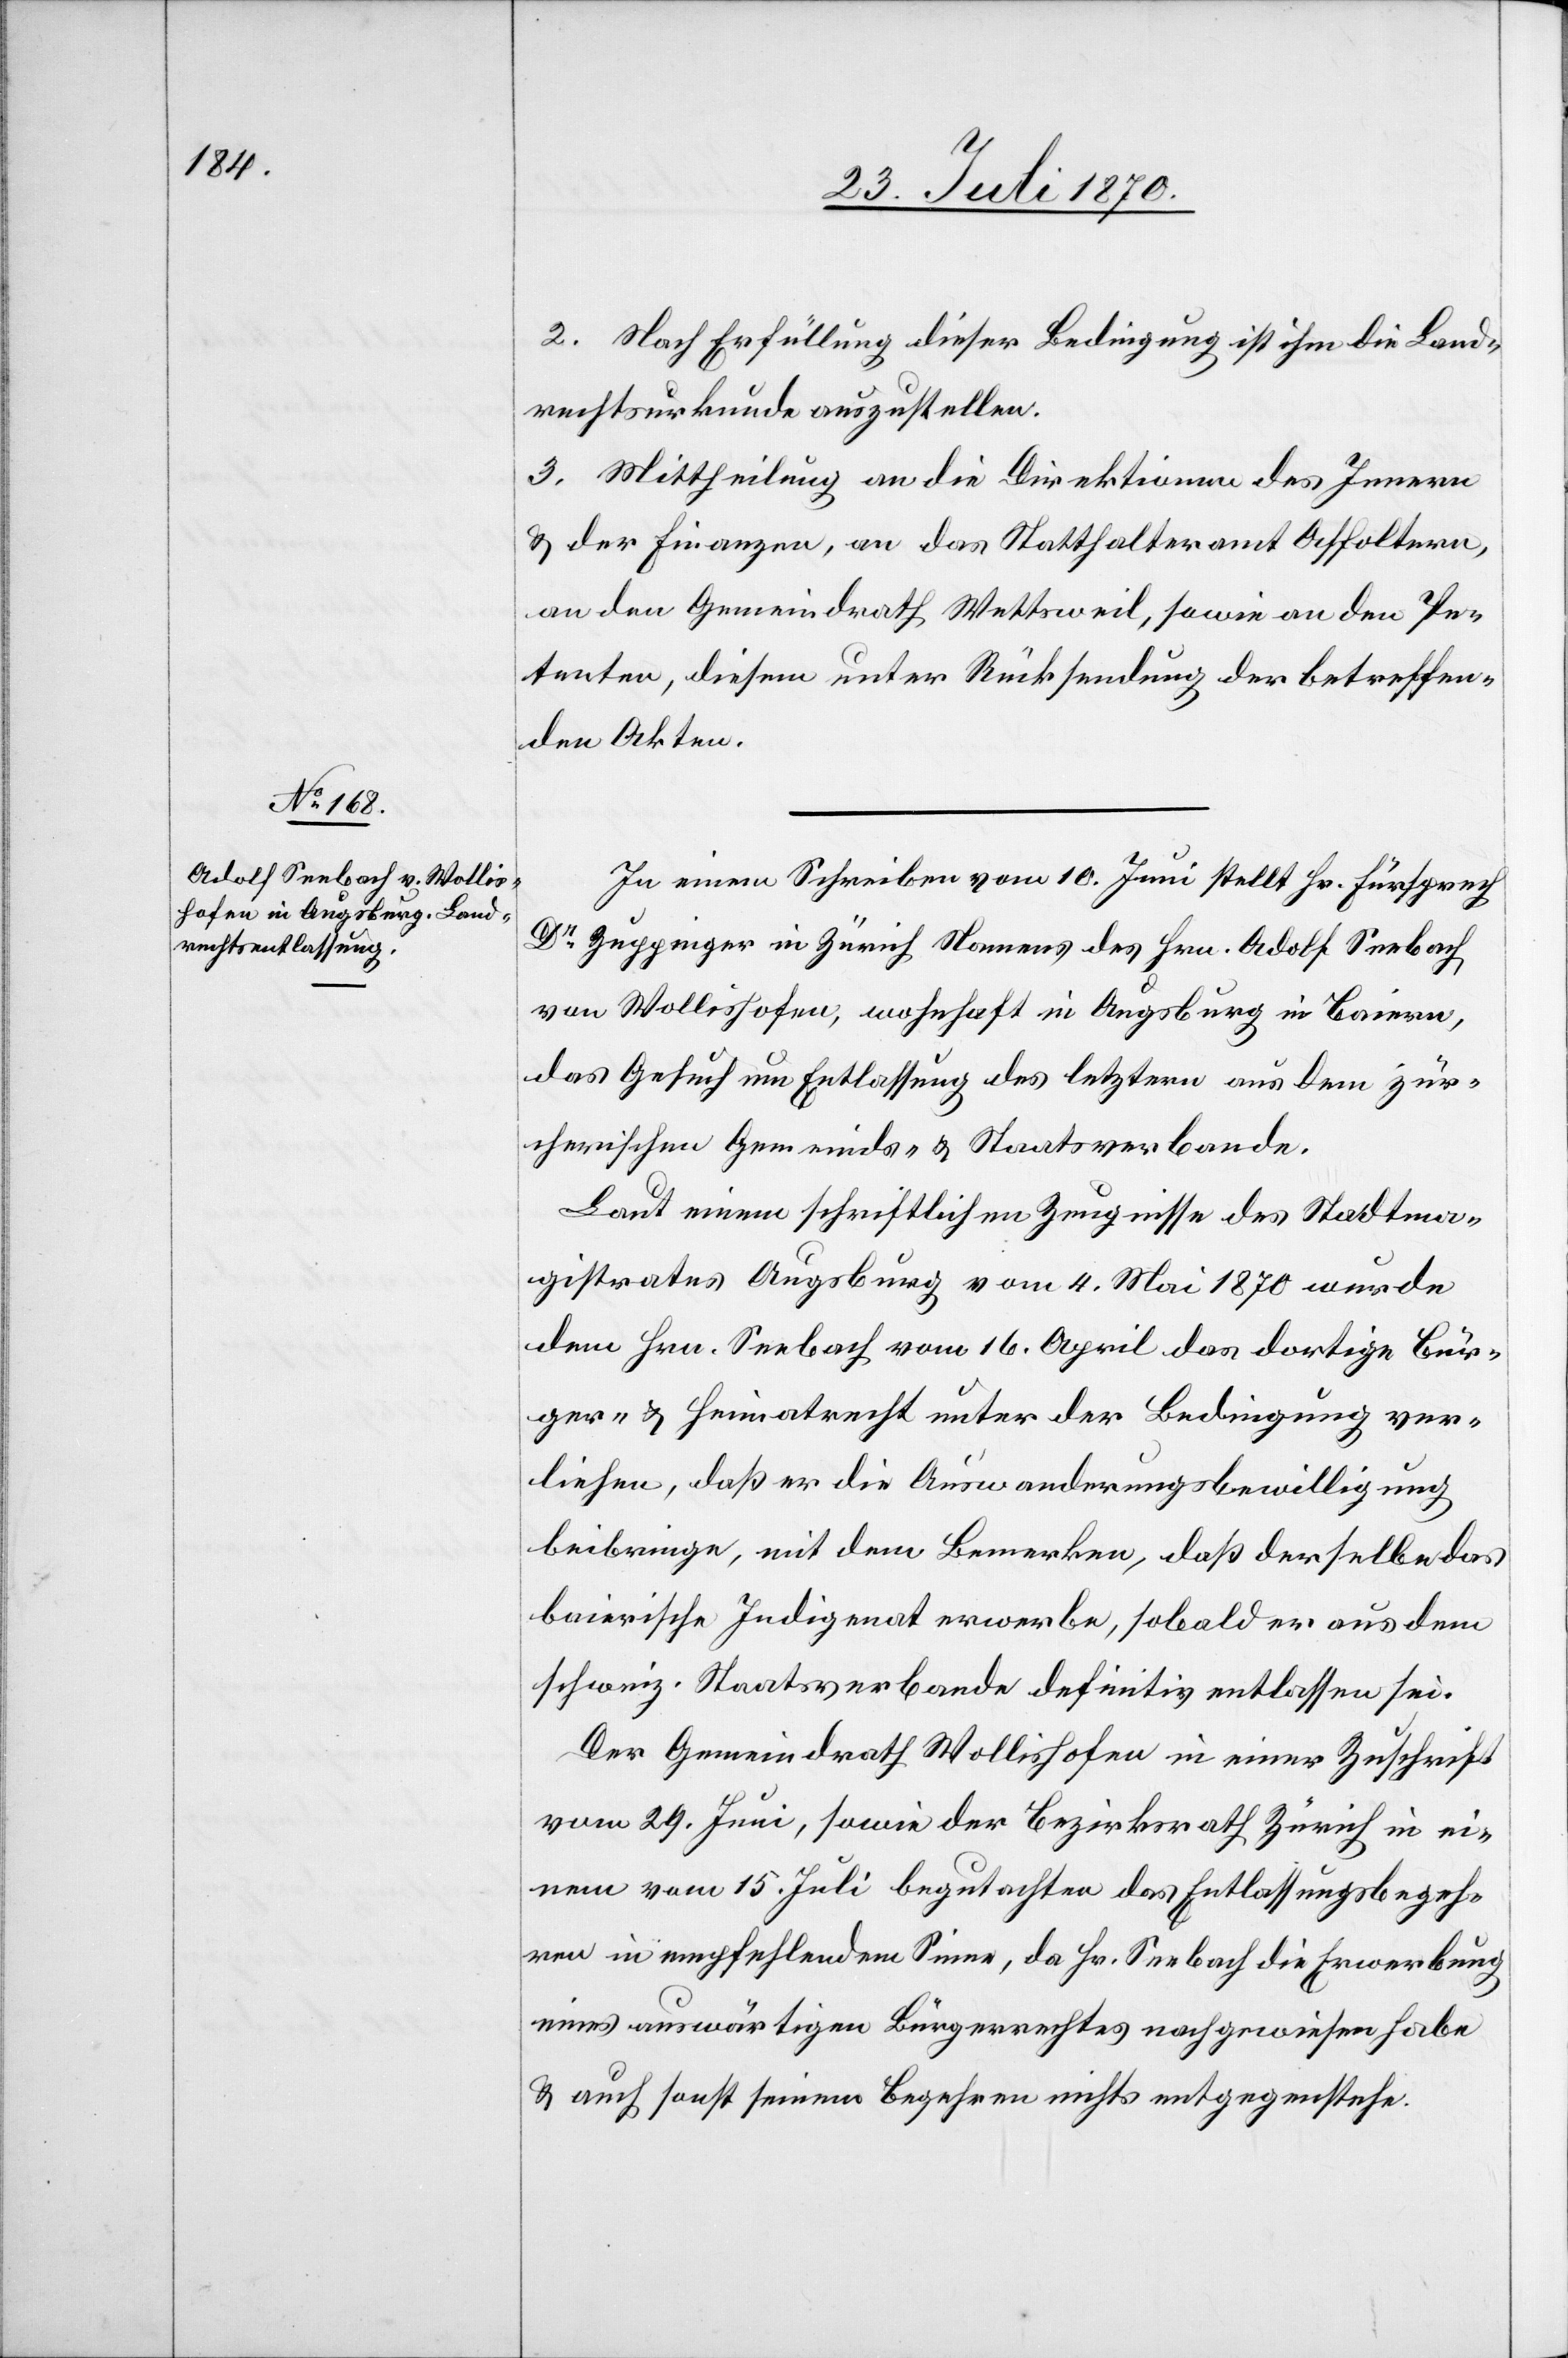
2. Nach Erfüllung dieser Bedingung ist ihm die Land¬
rechtsurkunde auszustellen.
3. Mittheilung an die Direktionen des Innern
& der Finanzen, an das Statthalteramt Affoltern,
an den Gemeindrath Wettsweil, sowie an den Pe¬
tenten, diesem unter Rücksendung der betreffen¬
den Akten.
In einem Schreiben vom 10. Juni stellt Hr. Fürsprech
Dr Zuppinger in Zürich Namens des Hrn. Adolf Seebach,
von Wollishofen, wohnhaft in Augsburg in Baiern,
das Gesuch um Entlassung des letztern aus dem zür¬
cherischen Gemeinds- & Staatsverbande.
Laut einem schriftlichen Zeugnisse des Stadtma¬
gistrates Augsburg vom 4. Mai 1870 wurde
dem Hrn. Seebach vom 16. April das dortige Bür¬
ger- & Heimatrecht unter der Bedingung ver¬
liehen, daß er die Auswanderungsbewilligung
beibringe, mit dem Bemerken, daß derselbe das
baierische Indigenat erwerbe, sobald er aus dem
schweiz. Staatsverbande definitiv entlassen sei.
Der Gemeindrath Wollishofen in einer Zuschrift
vom 29. Juni, sowie der Bezirksrath Zürich in ei¬
nem vom 15. Juli begutachten das Entlassungsbegeh¬
ren in empfehlendem Sinne, da Hr. Seebach die Erwerbung
eines auswärtigen Bürgerrechtes nachgewiesen habe
& auch sonst seinem Begehren nichts entgegenstehe.